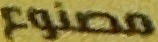
مصنوع